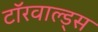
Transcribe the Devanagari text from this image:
टॉरवाल्ड्स